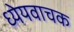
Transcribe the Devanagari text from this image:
ध्येयवाचक